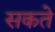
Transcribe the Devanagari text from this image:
सकते